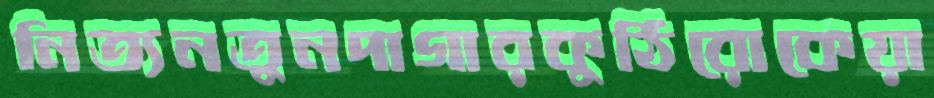
নিত্যনতুনদাগারকুঠিরোকেয়া